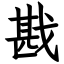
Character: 戡